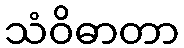
သံဝိဓာတာ